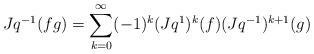
LaTeX: \begin{align*}Jq^{-1}(fg)=\sum_{k=0}^\infty (-1)^k (Jq^1)^k(f)(Jq^{-1})^{k+1}(g)\end{align*}